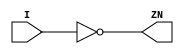
// Copyright 2022 GlobalFoundries PDK Authors
//
// Licensed under the Apache License, Version 2.0 (the "License");
// you may not use this file except in compliance with the License.
// You may obtain a copy of the License at
//
//      http://www.apache.org/licenses/LICENSE-2.0
//
// Unless required by applicable law or agreed to in writing, software
// distributed under the License is distributed on an "AS IS" BASIS,
// WITHOUT WARRANTIES OR CONDITIONS OF ANY KIND, either express or implied.
// See the License for the specific language governing permissions and
// limitations under the License.

module gf180mcu_fd_sc_mcu7t5v0__clkinv_3( I, ZN );
input I;
output ZN;

	not MGM_BG_0( ZN, I );

endmodule